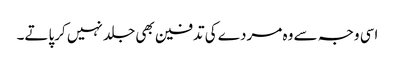
اسی وجہ سے وہ مردے کی تدفین بھی جلد نہیں کرپاتے۔